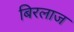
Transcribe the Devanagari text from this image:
बिरलाज